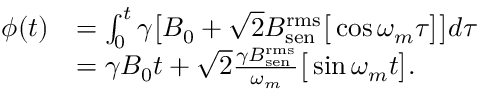
\begin{array} { r l } { \phi ( t ) } & { = \int _ { 0 } ^ { t } \gamma \big [ B _ { 0 } + \sqrt { 2 } B _ { \mathrm { s e n } } ^ { \mathrm { r m s } } \big [ \cos \omega _ { m } \tau \big ] \big ] d \tau } \\ & { = \gamma B _ { 0 } t + \sqrt { 2 } \frac { \gamma B _ { \mathrm { s e n } } ^ { \mathrm { r m s } } } { \omega _ { m } } \big [ \sin \omega _ { m } t \big ] . } \end{array}